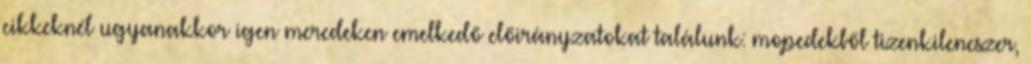
cikkeknél ugyanakkor igen meredeken emelkedő előirányzatokat találunk: mopedekből tizenkilencszer,